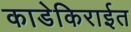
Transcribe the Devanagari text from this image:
काडेकिराईत